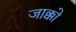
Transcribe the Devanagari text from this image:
जाक्को